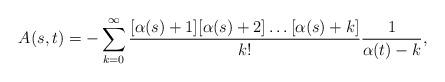
LaTeX: \begin{align*}A(s,t) = - \sum _{k=0}^{\infty} \frac{[\alpha (s) + 1][\alpha (s) + 2]\ldots [\alpha (s) + k]}{k!}\frac{1}{\alpha (t) - k},\end{align*}